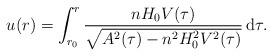
LaTeX: \begin{align*}u(r) = \int^r_{r_0} \frac{nH_{0}V(\tau)}{\sqrt{A^2(\tau)-n^2 H_{0}^2 V^2(\tau)}} \, {\rm d}\tau.\end{align*}